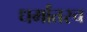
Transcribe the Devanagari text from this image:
धर्मांतरच